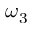
\omega _ { 3 }